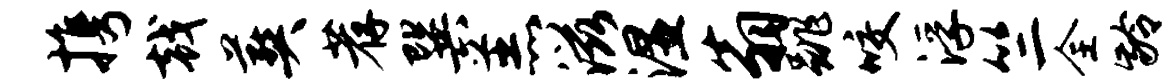
携戟葬荐巽羔滋湿翁跳咬浮竺全龄